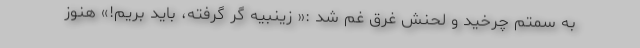
به سمتم چرخید و لحنش غرق غم شد :« زینبیه گُر گرفته، باید بریم!» هنوز